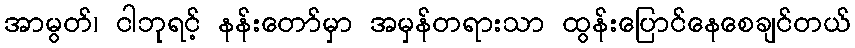
အာမွတ်၊ ငါဘုရင့် နန်းတော်မှာ အမှန်တရားသာ ထွန်းပြောင်နေစေချင်တယ်